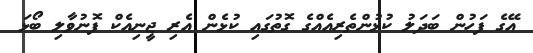
އޭގެ ފަހުން ބަދަލު ކުޅުންތެރިއެއްގެ ގޮތުގައި ކުޅެން އެރި ޖީނިއެކް ފޮނުވާލި ބޯޅަ